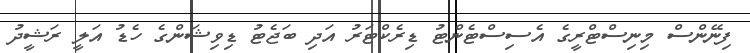
ފިނޭންސް މިނިސްޓްރީގެ އެސިސްޓެންޓު ޑިރެކްޓަރު އަދި ބަޖެޓު ޑިވިޝަންގެ ހެޑު އަލީ ރަޝީދު